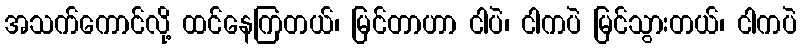
အသက်ကောင်လို့ ထင်နေကြတယ်၊ မြင်တာဟာ ငါပဲ၊ ငါကပဲ မြင်သွားတယ်၊ ငါကပဲ